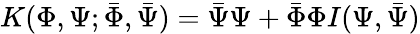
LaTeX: K(\Phi,\Psi;\bar{\Phi},\bar{\Psi})=\bar{\Psi}\Psi+\bar{\Phi}\Phi I(\Psi,\bar{\Psi})